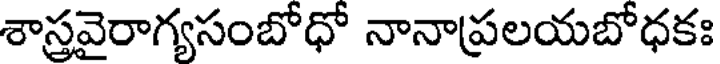
శాస్తవైరాగ్యసంబోధో నానాప్రలయబోధకః